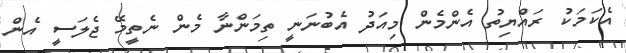
އެކަމަކު ރައްޔިތު އެންމެން މިއަދު އެބުނަނީ ތިމަންނާ މެން ނެތީމޭ ޖެލަސީ އެން